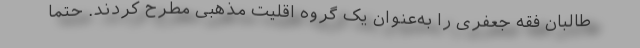
طالبان فقه جعفری را به‌عنوان یک گروه اقلیت مذهبی مطرح کردند. حتماً